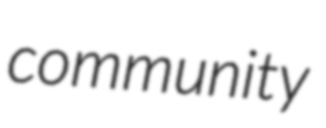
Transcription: community